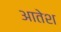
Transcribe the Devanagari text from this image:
आतेश